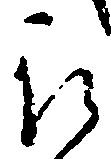
被